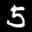
Label: 5